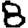
Digit: 8